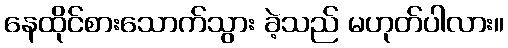
နေထိုင်စားသောက်သွား ခဲ့သည် မဟုတ်ပါလား။